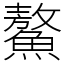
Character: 鰲